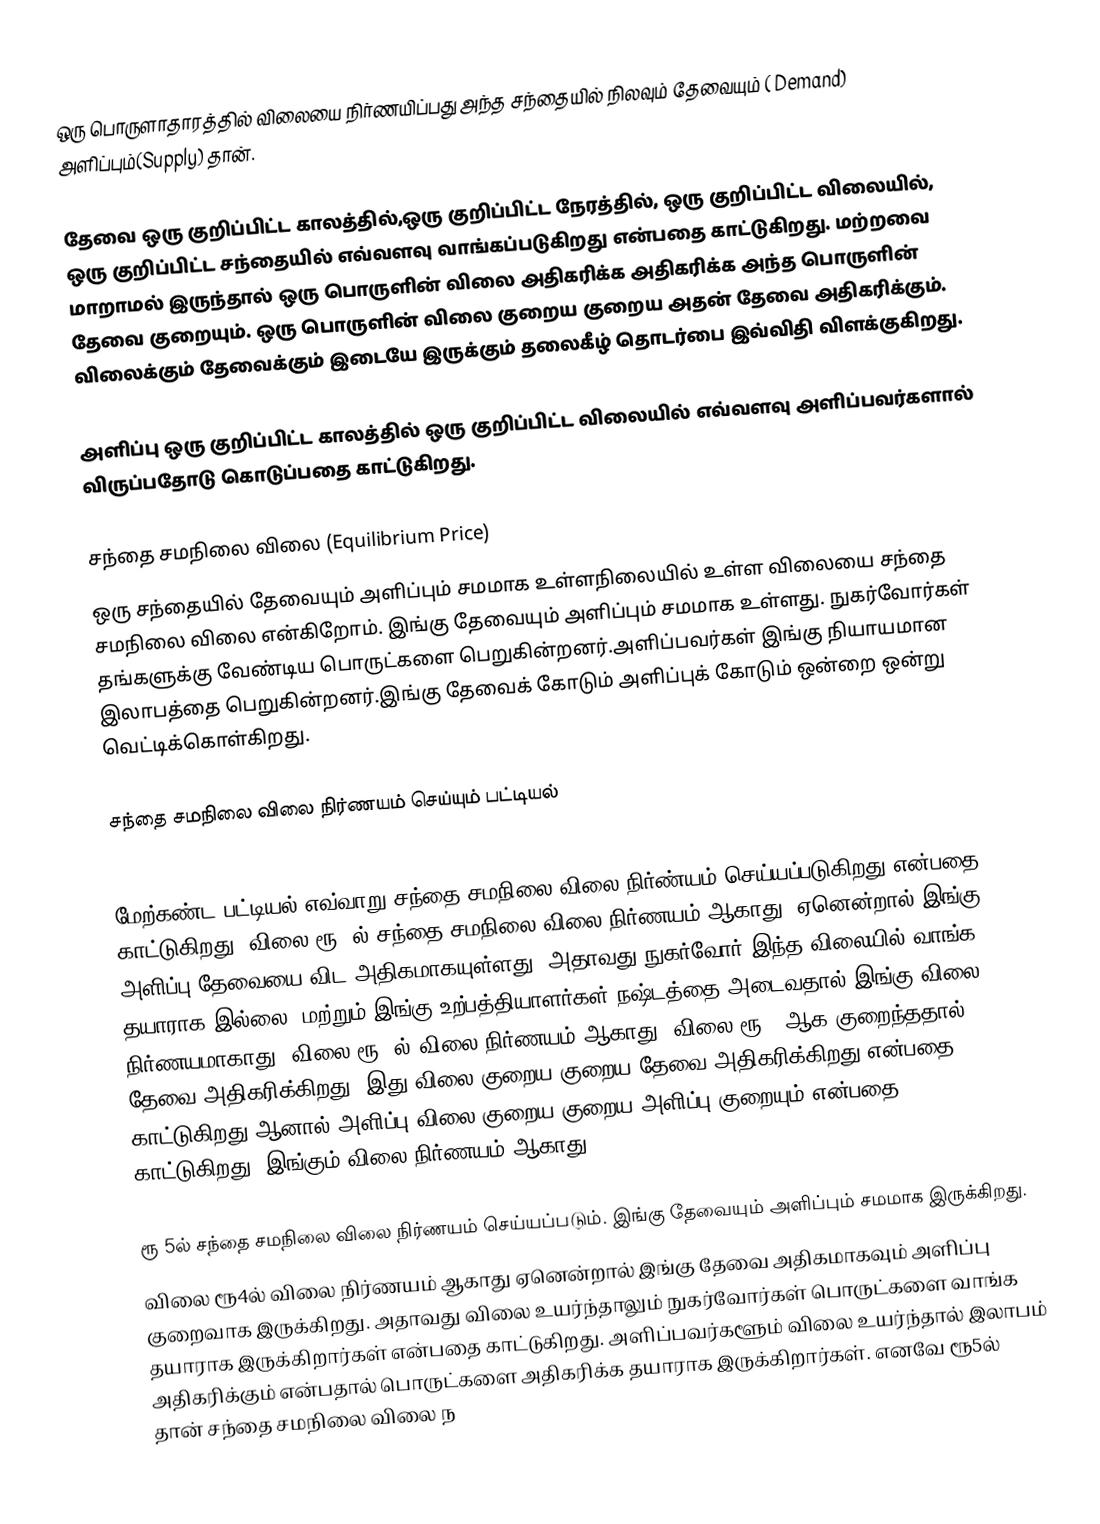
ஒரு பொருளாதாரத்தில் விலையை நிர்ணயிப்பது அந்த சந்தையில் நிலவும் தேவையும் ( Demand) அளிப்பும்(Supply) தான்.

தேவை ஒரு குறிப்பிட்ட காலத்தில்,ஒரு குறிப்பிட்ட நேரத்தில், ஒரு குறிப்பிட்ட விலையில், ஒரு குறிப்பிட்ட சந்தையில் எவ்வளவு வாங்கப்படுகிறது என்பதை காட்டுகிறது. மற்றவை மாறாமல் இருந்தால் ஒரு பொருளின் விலை அதிகரிக்க அதிகரிக்க அந்த பொருளின் தேவை குறையும். ஒரு பொருளின் விலை குறைய குறைய அதன் தேவை அதிகரிக்கும்.  விலைக்கும் தேவைக்கும் இடையே இருக்கும் தலைகீழ் தொடர்பை இவ்விதி விளக்குகிறது.

அளிப்பு ஒரு குறிப்பிட்ட காலத்தில் ஒரு குறிப்பிட்ட விலையில் எவ்வளவு அளிப்பவர்களால் விருப்பதோடு கொடுப்பதை காட்டுகிறது.

சந்தை சமநிலை விலை (Equilibrium Price)
ஒரு சந்தையில் தேவையும் அளிப்பும் சமமாக உள்ளநிலையில் உள்ள விலையை சந்தை சமநிலை விலை என்கிறோம். இங்கு தேவையும் அளிப்பும் சமமாக உள்ளது. நுகர்வோர்கள் தங்களுக்கு வேண்டிய பொருட்களை பெறுகின்றனர்.அளிப்பவர்கள் இங்கு நியாயமான இலாபத்தை பெறுகின்றனர்.இங்கு தேவைக் கோடும் அளிப்புக் கோடும் ஒன்றை ஒன்று வெட்டிக்கொள்கிறது.

சந்தை சமநிலை விலை நிர்ணயம் செய்யும் பட்டியல்

மேற்கண்ட பட்டியல் எவ்வாறு சந்தை சமநிலை விலை நிர்ண்யம் செய்யப்படுகிறது என்பதை காட்டுகிறது. விலை ரூ 7ல் சந்தை சமநிலை விலை நிர்ணயம் ஆகாது. ஏனென்றால் இங்கு அளிப்பு தேவையை விட அதிகமாகயுள்ளது. அதாவது நுகர்வோர் இந்த விலையில் வாங்க தயாராக இல்லை. மற்றும் இங்கு உற்பத்தியாளர்கள் நஷ்டத்தை அடைவதால் இங்கு விலை நிர்ணயமாகாது. விலை ரூ 6ல் விலை நிர்ணயம் ஆகாது. விலை ரூ 6 ஆக குறைந்ததால் தேவை அதிகரிக்கிறது. இது விலை குறைய குறைய தேவை அதிகரிக்கிறது என்பதை காட்டுகிறது.ஆனால் அளிப்பு விலை குறைய குறைய அளிப்பு குறையும் என்பதை காட்டுகிறது. இங்கும் விலை நிர்ணயம் ஆகாது.

ரூ 5ல் சந்தை சமநிலை விலை நிர்ணயம் செய்யப்படும். இங்கு தேவையும் அளிப்பும் சமமாக இருக்கிறது.
விலை ரூ4ல் விலை நிர்ணயம் ஆகாது ஏனென்றால் இங்கு தேவை அதிகமாகவும் அளிப்பு குறைவாக இருக்கிறது. அதாவது விலை உயர்ந்தாலும் நுகர்வோர்கள் பொருட்களை வாங்க தயாராக இருக்கிறார்கள் என்பதை காட்டுகிறது. அளிப்பவர்களூம் விலை உயர்ந்தால் இலாபம் அதிகரிக்கும் என்பதால் பொருட்களை அதிகரிக்க தயாராக இருக்கிறார்கள். எனவே ரூ5ல் தான் சந்தை சமநிலை விலை ந